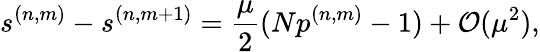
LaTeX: s^{(n,m)}-s^{(n,m+1)}=\frac{\mu}{2}(Np^{(n,m)}-1)+\mathcal{O}(\mu^{2}),